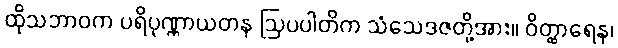
ထိုသဘာဝက ပရိပုဏ္ဏာယတန ဩပပါတိက သံသေဒဇတို့အား။ ဝိတ္ထာရေန၊